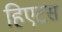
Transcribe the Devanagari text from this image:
हिएटस